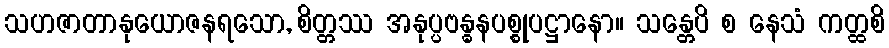
သဟဇာတာနုယောဇနရသော, စိတ္တဿ အနုပ္ပဗန္ဓနပစ္စုပဋ္ဌာနော။ သန္တေပိ စ နေသံ ကတ္ထစိ